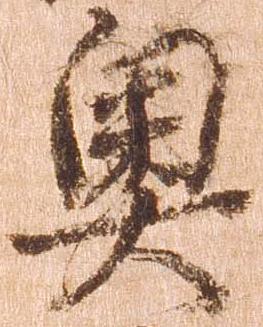
奥